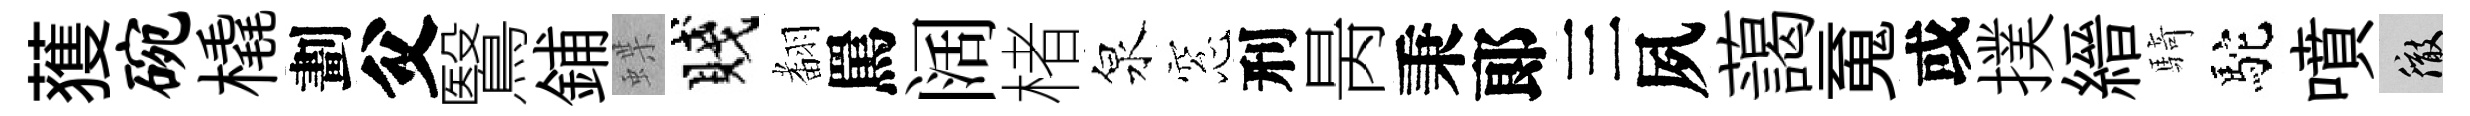
𫉬碗橇劃父鷖鋪蝶賤𮋒罵阔楮泉窓刑昺秉郞三夙藹䰟或撲縉騎駝噴徹